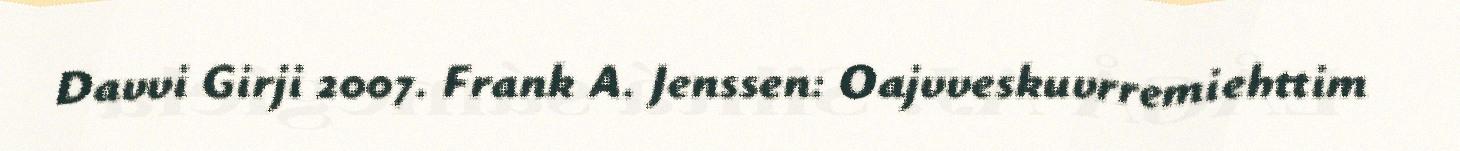
Davvi Girji 2007. Frank A. Jenssen: Oajvveskuvrremiehttim